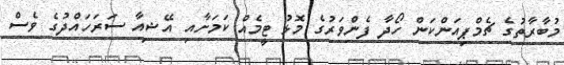
މުބާރާތުގެ ޗެމްޕިއަންކަން ހޯދާ ފެންވަރުގެ މޮޅު ޓީމެއް ކަމަށާއި އޭޝިއާ ސަރަހައްދުގެ ވެސް